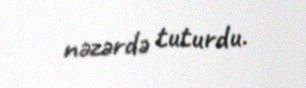
nəzərdə tuturdu.